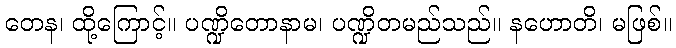
တေန၊ ထို့ကြောင့်။ ပဏ္ဍိတောနာမ၊ ပဏ္ဍိတမည်သည်။ နဟောတိ၊ မဖြစ်။